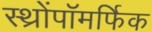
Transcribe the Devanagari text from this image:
स्थ्रोंपॉमर्फिक